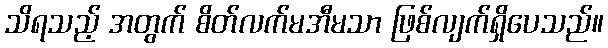
သိရသည့် အတွက် စိတ်လက်မအီမသာ ဖြစ်လျက်ရှိပေသည်။